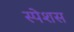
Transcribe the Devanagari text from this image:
स्पेशस